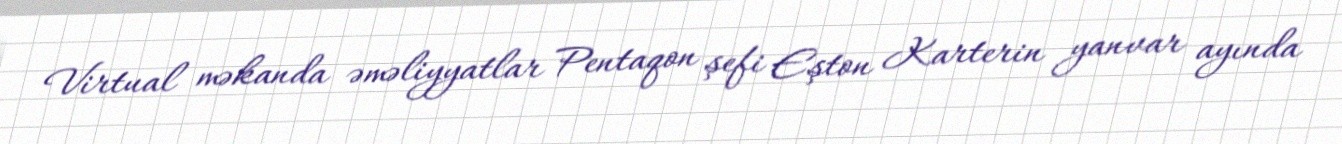
Virtual məkanda əməliyyatlar Pentaqon şefi Eşton Karterin yanvar ayında